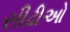
સીઢીઓ